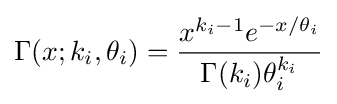
\Gamma (x;k_{i},\theta _{i})={\frac {x^{k_{i}-1}e^{-x/\theta _{i}}}{\Gamma (k_{i})\theta _{i}^{k_{i}}}}